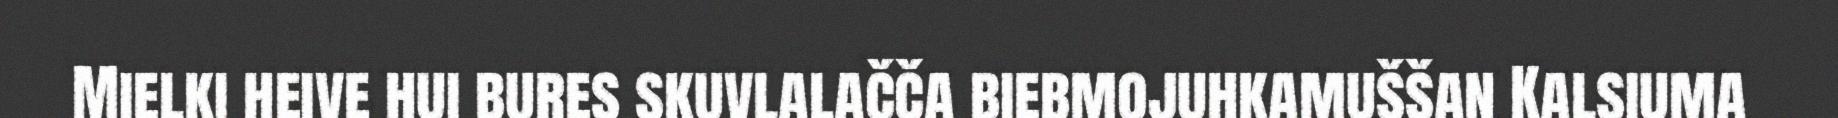
Mielki heive hui bures skuvlalačča biebmojuhkamuššan Kalsiuma